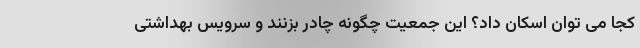
کجا می توان اسکان داد؟ این جمعیت چگونه چادر بزنند و سرویس بهداشتی